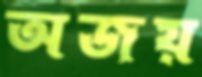
অজয়